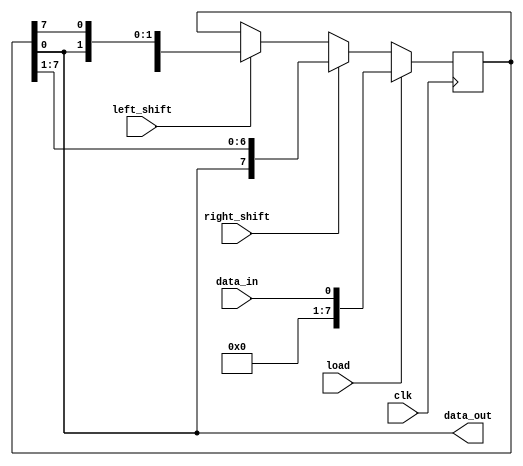
module shift_register (
    input wire clk,
    input wire load,
    input wire left_shift,
    input wire right_shift,
    input wire data_in,
    output reg data_out
);

reg [7:0] register;

always @(posedge clk) begin
    if (load) begin
        register <= data_in;
    end else begin
        if (left_shift) begin
            register <= {register[6:0], register[7]};
        end
        if (right_shift) begin
            register <= {register[0], register[7:1]};
        end
    end
end

assign data_out = register;

endmodule